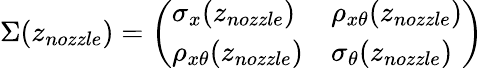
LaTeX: \Sigma(z_{nozzle})=\left(\begin{array}{ll}{\sigma_{x}(z_{nozzle})}&{\rho_{x\theta}(z_{nozzle})}\\ {\rho_{x\theta}(z_{nozzle})}&{\sigma_{\theta}(z_{nozzle})}\end{array}\right)